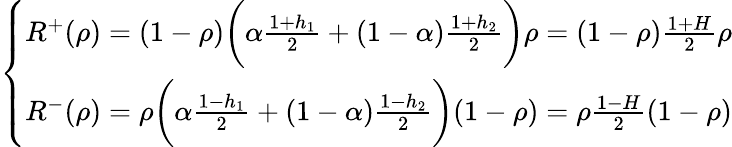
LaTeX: \begin{array}{r}{\left\{ \begin{array}{ll}{R^{+}(\rho)=(1-\rho)\bigg(\alpha\frac{1+h_{1}}{2}+(1-\alpha)\frac{1+h_{2}}{2}\bigg)\rho=(1-\rho)\frac{1+H}{2}\rho}\\ {R^{-}(\rho)=\rho\bigg(\alpha\frac{1-h_{1}}{2}+(1-\alpha)\frac{1-h_{2}}{2}\bigg)(1-\rho)=\rho\frac{1-H}{2}(1-\rho)}\end{array}\right.}\end{array}